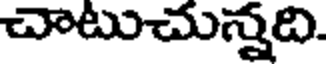
చాటుచున్నది.